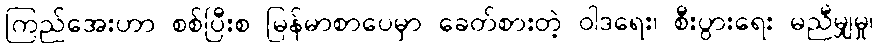
ကြည်အေးဟာ စစ်ပြီးစ မြန်မာစာပေမှာ ခေတ်စားတဲ့ ဝါဒရေး၊ စီးပွားရေး မညီမျှမှု၊